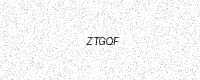
Text: ZTGQF